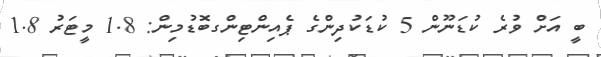
ބީ އަށް ވުރެ ކުޑަނޫން 5 ކުޑަކުދިންގެ ޕެއިންޓިންގބޮޑުމިން: 1.8 މީޓަރު 1.8